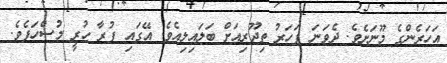
އަހަރެންގެ މޫނަށެވެ. ދެވަނަ ފަހަރު ތިޖޫރިއަށް ބަލައިލިއެވެ. އޭގައި ފުރާ ހުރީ މުސްހަފެވެ.